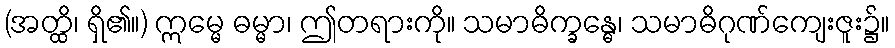
(အတ္ထိ၊ ရှိ၏။) ဣမ္မေ ဓမ္မာ၊ ဤတရားကို။ သမာဓိက္ခန္ဓေ၊ သမာဓိဂုဏ်ကျေးဇူး၌။